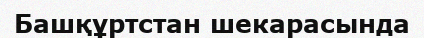
Башқұртстан шекарасында